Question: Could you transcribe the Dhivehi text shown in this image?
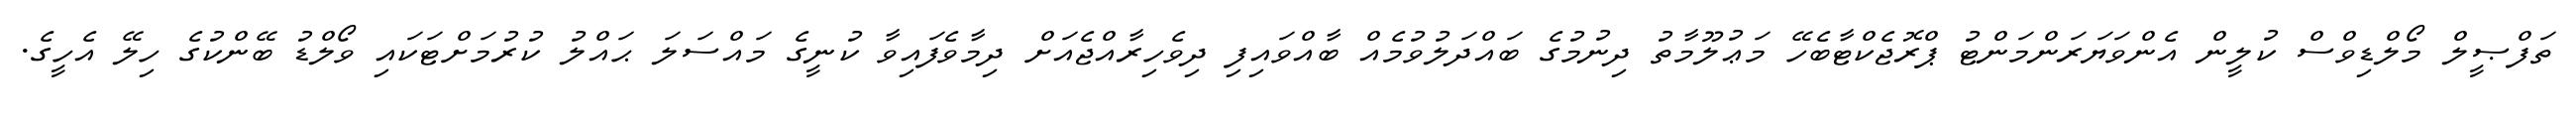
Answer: ތަފްޞީލް މޯލްޑިވްސް ކުލީން އެންވަޔަރަންމަންޓު ޕްރޮޖެކްޓާބެހޭ މަޢުލޫމާތު ދިނުމުގެ ބައްދަލުވުމެއް ބާއްވައިފި ދިވެހިރާއްޖެއަށް ދިމާވެފައިވާ ކުނީގެ މައްސަލަ ޙައްލު ކުރުމަށްޓަކައި ވޯލްޑު ބޭންކުގެ ހިލޭ އެހީގެ.